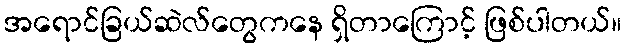
အရောင်ခြယ်ဆဲလ်တွေကနေ ရှိတာကြောင့် ဖြစ်ပါတယ်။